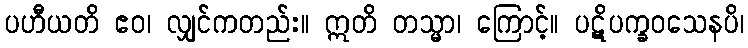
ပဟီယတိ ဧဝ၊ လျှင်ကတည်း။ ဣတိ တသ္မာ၊ ကြောင့်။ ပဋိပက္ခဝသေနပိ၊